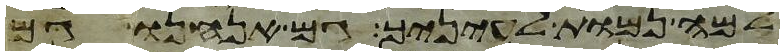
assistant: למה נמות לעיניך גם אנחנו גם